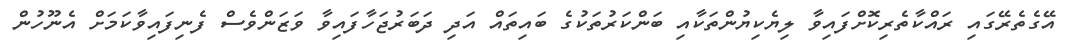
އޭގެތެރޭގައި ރައްކާތެރިކޮށްފައިވާ ލިޔެކިޔުންތަކާއި ބަންކަރުތަކުގެ ބައިތައް އަދި ދަބަރުޖަހާފައިވާ ވަޒަންވެސް ފެނިފައިވާކަމަށް އެނޫހުން